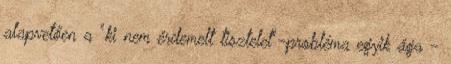
alapvetően a "ki nem érdemelt tisztelet"-probléma egyik ága -